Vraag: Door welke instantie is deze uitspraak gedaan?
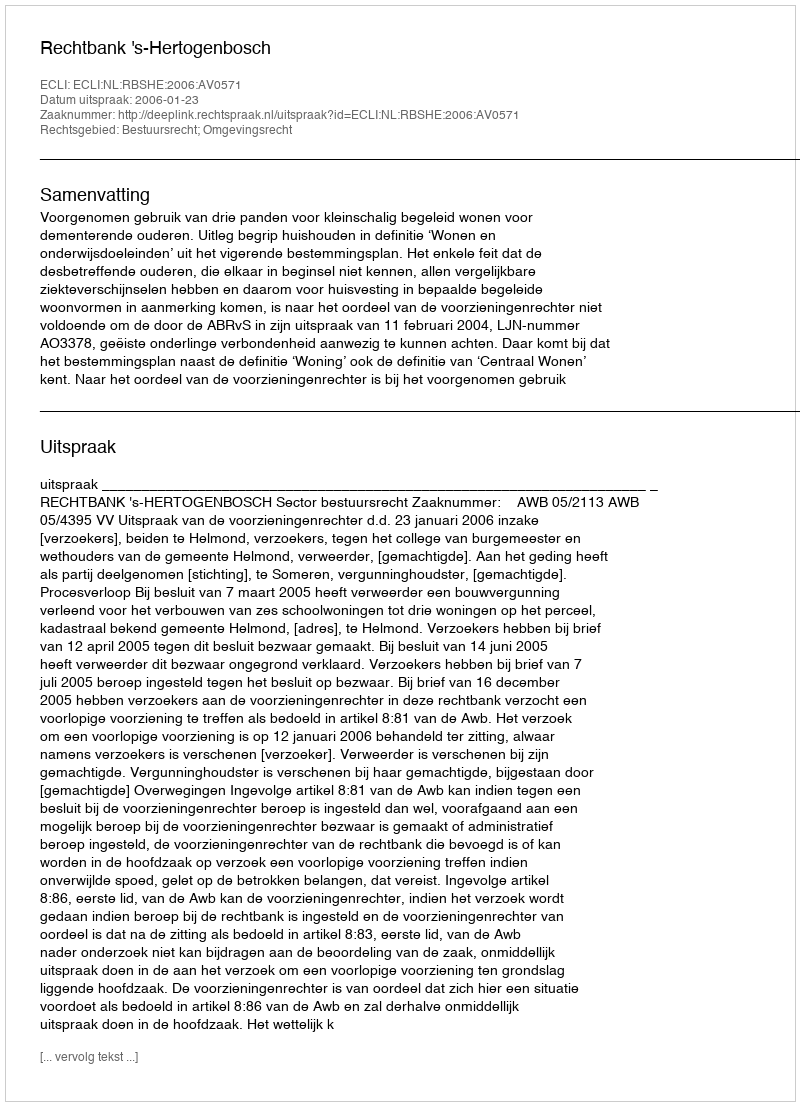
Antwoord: Rechtbank 's-Hertogenbosch